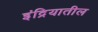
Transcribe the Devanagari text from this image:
इंद्रियातील